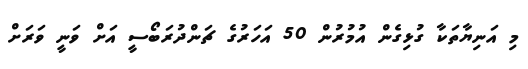
މި އަނިޔާތަކާ ގުޅިގެން އުމުރުން 50 އަހަރުގެ ޗަންދުރަބޯސީ އަށް ވަނީ ވަަރަށް